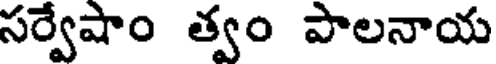
సర్వేషాం త్వం పాలనాయ